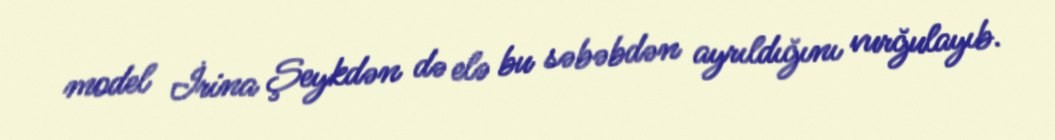
model İrina Şeykdən də elə bu səbəbdən ayrıldığını vurğulayıb.